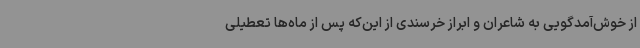
از خوش‌آمدگویی به شاعران و ابراز خرسندی از این‌که پس از ماه‌ها تعطیلی